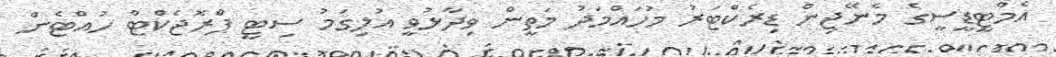
އެމްޓީޑީސީގެ މެނޭޖިން ޑިރެކްޓަރު މުހައްމަދު މަތީން ވިދާޅުވީ އުލިގަމު ސިޓީ ޕްރޮޖެކްޓް ހުއްޓެން